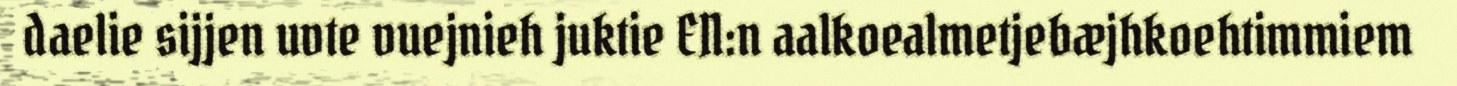
daelie sijjen uvte vuejnieh juktie EN:n aalkoealmetjebæjhkoehtimmiem